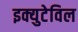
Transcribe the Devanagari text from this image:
इक्युटेविल